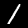
Digit: 1